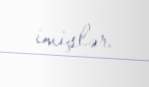
imişlər.